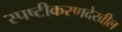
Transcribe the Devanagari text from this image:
स्पष्टीकरणदेखील